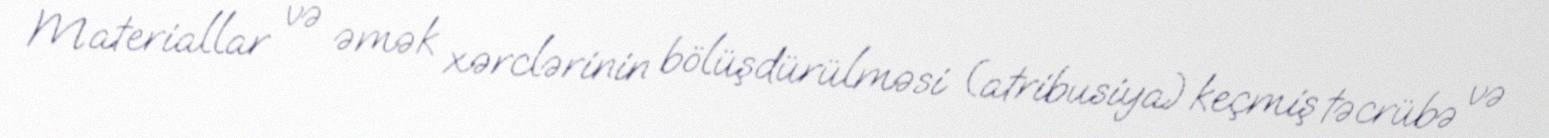
Materiallar və əmək xərclərinin bölüşdürülməsi (atribusiya) keçmiş təcrübə və